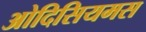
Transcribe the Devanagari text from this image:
ओदिसियमस